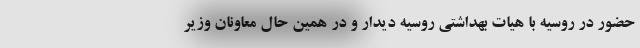
حضور در روسیه با هیات بهداشتی روسیه دیدار و در همین حال معاونان وزیر